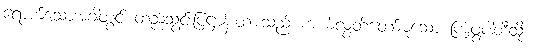
ရောက်သောအခါတွင် ထည့်သွင်းပြဋ္ဌာန်းထားသည် ကယ်လွှတ်တော်မူသော ကြံ့ဖွံ့ပါတီသို့